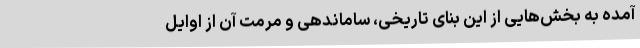
آمده به بخش‌هایی از این بنای تاریخی، ساماندهی و مرمت آن از اوایل